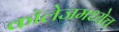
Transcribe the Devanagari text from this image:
कॉलेजमध्येच